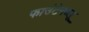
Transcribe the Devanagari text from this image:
फाउंटेनब्‍लू